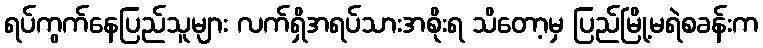
ရပ်ကွက်နေပြည်သူများ လက်ရှိအရပ်သားအစိုးရ သိတော့မှ ပြည်မြို့မရဲစခန်းက